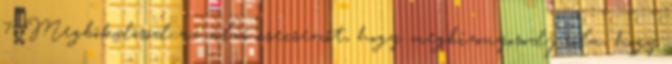
7. Megbökdösöd az alvó csecsemőt, hogy megbizonyosodj róla, hogy